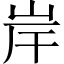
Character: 岸